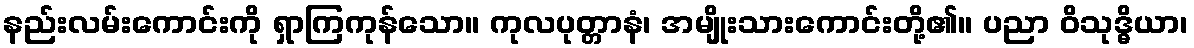
နည်းလမ်းကောင်းကို ရှာကြကုန်သော။ ကုလပုတ္တာနံ၊ အမျိုးသားကောင်းတို့၏။ ပညာ ဝိသုဒ္ဓိယာ၊